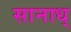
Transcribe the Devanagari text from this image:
सानाध्